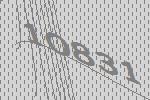
10831